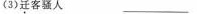
(3)迁客骚人 __________